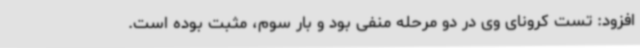
افزود: تست کرونای وی در دو مرحله منفی بود و بار سوم، مثبت بوده است.